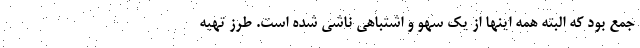
جمع بود که البته همه اینها از یک سهو و اشتباهی ناشی شده است. طرز تهیه